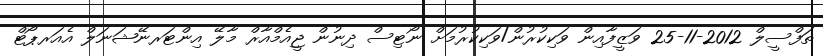
ތަފްސީލް 2012-11-25 ވަޒީފާއިން ވަކިކުރުން/ވަކިކުރުމަށް ނޯޓިސް ދިނުން ޖީއެމްއާރް މާލޭ އިންޓަރނޭޝަނަލް އެއަރޕޯޓް